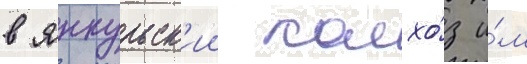
в янкульск'ии колхо́з и́м